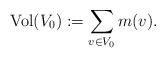
LaTeX: \begin{align*}{\rm Vol}(V_0) := \sum_{v \in V_0} m(v).\end{align*}